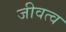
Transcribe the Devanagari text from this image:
जीवत्व